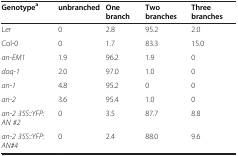
<table><thead><tr><td><b>Genotype<sup>a</sup></b></td><td><b>unbranched</b></td><td><b>One branch</b></td><td><b>Two branches</b></td><td><b>Three branches</b></td></tr></thead><tbody><tr><td>L<i>er</i></td><td>0</td><td>2.8</td><td>95.2</td><td>2.0</td></tr><tr><td>Col-0</td><td>0</td><td>1.7</td><td>83.3</td><td>15.0</td></tr><tr><td><i>an-EM1</i></td><td>1.9</td><td>96.2</td><td>1.9</td><td>0</td></tr><tr><td><i>doq-1</i></td><td>2.0</td><td>97.0</td><td>1.0</td><td>0</td></tr><tr><td><i>an-1</i></td><td>4.8</td><td>95.2</td><td>0</td><td>0</td></tr><tr><td><i>an-2</i></td><td>3.6</td><td>95.4</td><td>1.0</td><td>0</td></tr><tr><td><i>an-2 35S::YFP:AN #2</i></td><td>0</td><td>3.5</td><td>87.7</td><td>8.8</td></tr><tr><td><i>an-2 35S::YFP:AN#4</i></td><td>0</td><td>2.4</td><td>88.0</td><td>9.6</td></tr></tbody></table>